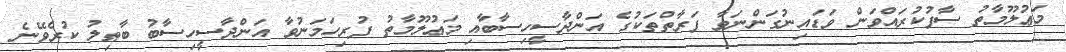
މަޢުލޫމާތު ސާފުކުރައްވަން ވަޑައިނުގަންނަވާ ފަރާތްތަކުގެ އަންދާސީހިސާބާއި މަޢުލޫމާތު ފުރިހަމަނުވާ އަންދާސީހިސާބު ބާޠިލު ކުރެވޭނެ